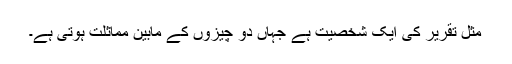
مثل تقریر کی ایک شخصیت ہے جہاں دو چیزوں کے مابین مماثلت ہوتی ہے۔